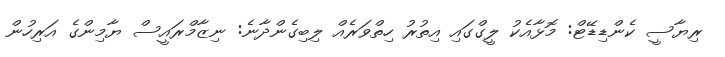
ރިޔާސީ ކެންޑިޑޭޓް: މޮޅާއެކު ލީގްގައި އިތުރު ހިތްވަރެއް ލިބިގެންދާނެ: ނިޒާމްރައީސް ޔާމިންގެ އަރިހުން